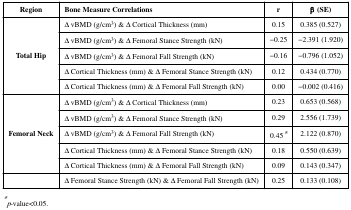
| Region | Bone Measure Correlations | r | β (SE) |
 | --- | --- | --- | --- |
 | <ROWSPAN=5> Total Hip | Δ vBMD (g/cm3) & Δ Cortical Thickness (mm) | 0.15 | 0.385 (0.527) |
 | Δ vBMD (g/cm3) & Δ Femoral Stance Strength (kN) | −0.25 | −2.391 (1.920) |
 | Δ vBMD (g/cm3) & Δ Femoral Fall Strength (kN) | −0.16 | −0.796 (1.052) |
 | Δ Cortical Thickness (mm) & Δ Femoral Stance Strength (kN) | 0.12 | 0.434 (0.770) |
 | Δ Cortical Thickness (mm) & Δ Femoral Fall Strength (kN) | 0.00 | −0.002 (0.416) |
 | <ROWSPAN=5> Femoral Neck | Δ vBMD (g/cm3) & Δ Cortical Thickness (mm) | 0.23 | 0.653 (0.568) |
 | Δ vBMD (g/cm3) & Δ Femoral Stance Strength (kN) | 0.29 | 2.556 (1.739) |
 | Δ vBMD (g/cm3) & Δ Femoral Fall Strength (kN) | 0.45* | 2.122 (0.870) |
 | Δ Cortical Thickness (mm) & Δ Femoral Stance Strength (kN) | 0.18 | 0.550 (0.639) |
 | Δ Cortical Thickness (mm) & Δ Femoral Fall Strength (kN) | 0.09 | 0.143 (0.347) |
 |  | Δ Femoral Stance Strength (kN) & Δ Femoral Fall Strength (kN) | 0.25 | 0.133 (0.108) |